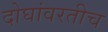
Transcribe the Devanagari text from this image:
दोघांवरतीच